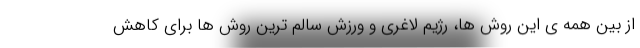
از بین همه ی این روش ها، رژیم لاغری و ورزش سالم ترین روش ها برای کاهش